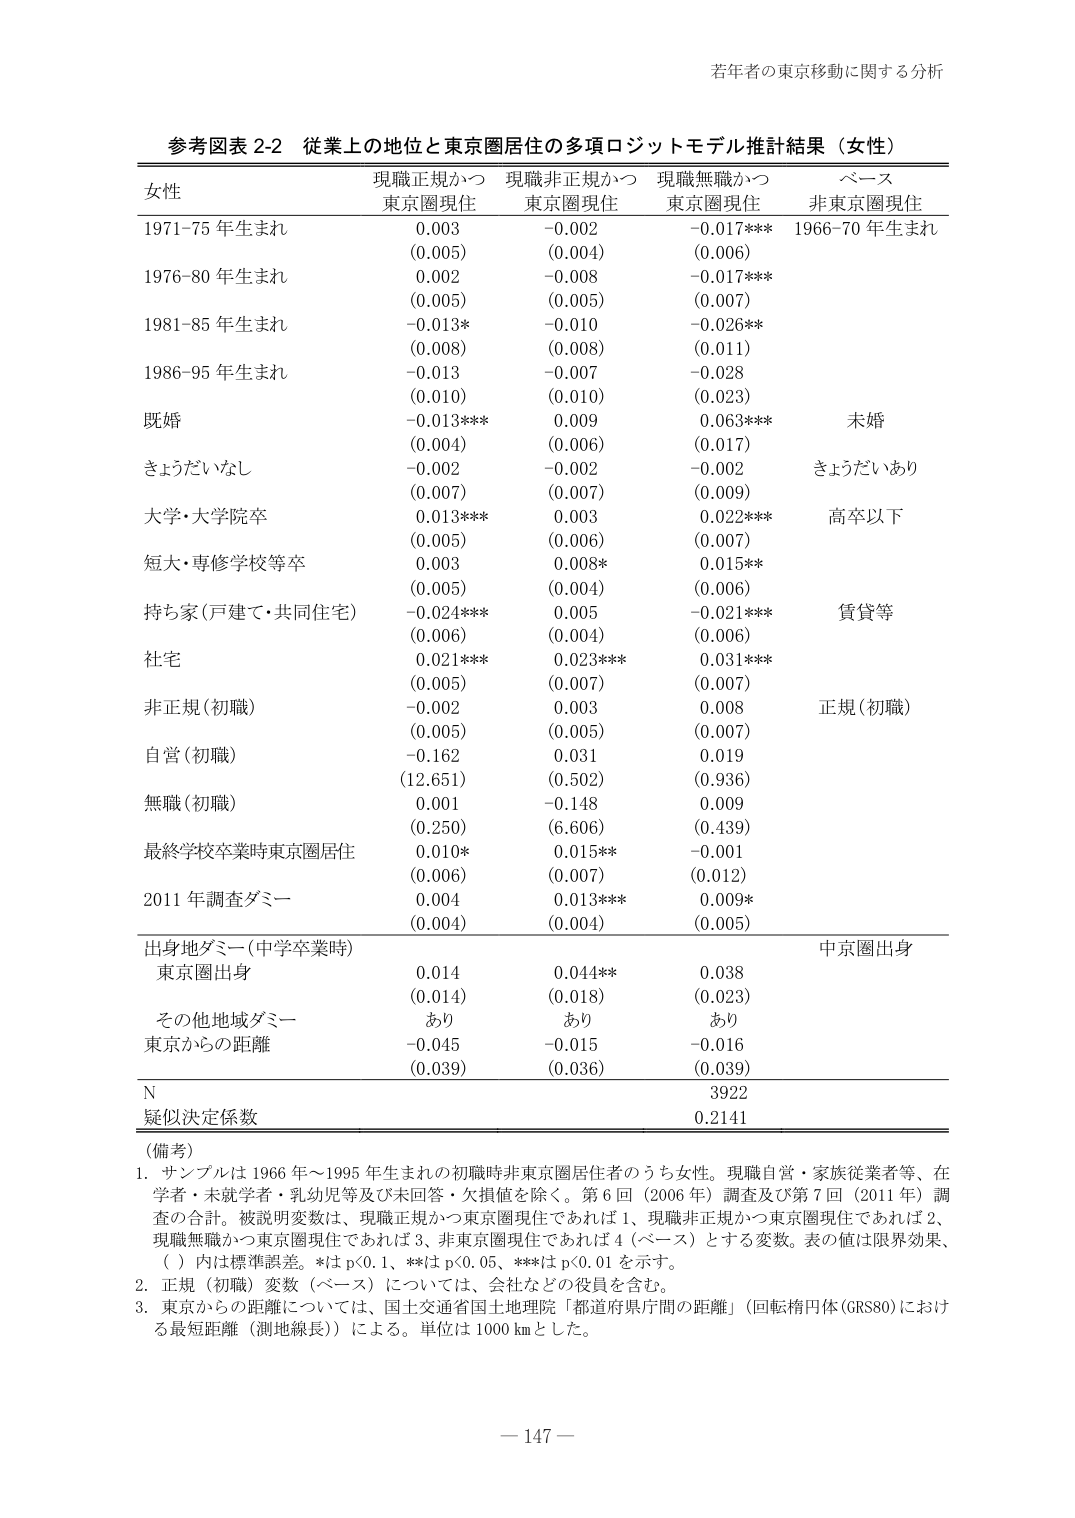
若年者の東京移動に関する分析

参考図表 2-2 従業上の地位と東京圏居住の多項ロジットモデル推計結果（女性）

女性 現職正規かつ 東京圏現住 現職非正規かつ 東京圏現住 現職無職かつ 東京圏現住 ベース 非東京圏現住

1971-75 年生まれ 0.003 (0.005) -0.002 (0.004) -0.017*** (0.006) 1966-70 年生まれ

1976-80 年生まれ 0.002 (0.005) -0.008 (0.005) -0.017*** (0.007)

1981-85 年生まれ -0.013* (0.008) -0.010 (0.008) -0.026** (0.011)

1986-95 年生まれ -0.013 (0.010) -0.007 (0.010) -0.028 (0.023)

既婚 -0.013*** (0.004) 0.009 (0.006) 0.063*** (0.017) 未婚

きょうだいなし -0.002 (0.007) -0.002 (0.007) -0.002 (0.009) きょうだいあり

大学・大学院卒 0.013*** (0.005) 0.003 (0.006) 0.022*** (0.007) 高卒以下

短大・専修学校等卒 0.003 (0.005) 0.008* (0.004) 0.015** (0.006)

持ち家(戸建て・共同住宅) -0.024*** (0.006) 0.005 (0.004) -0.021*** (0.006) 賃貸等

社宅 0.021*** (0.005) 0.023*** (0.007) 0.031*** (0.007)

非正規(初職) -0.002 (0.005) 0.003 (0.005) 0.008 (0.007) 正規(初職)

自営(初職) -0.162 (12.651) 0.031 (0.502) 0.019 (0.936)

無職(初職) 0.001 (0.250) -0.148 (6.606) 0.009 (0.439)

最終学校卒業時東京圏居住 0.010* (0.006) 0.015** (0.007) -0.001 (0.012)

2011 年調査ダミー 0.004 (0.004) 0.013*** (0.004) 0.009* (0.005)

出身地ダミー(中学卒業時) 中京圏出身

東京圏出身 0.014 (0.014) 0.044*** (0.018) 0.038 (0.023)

その他地域ダミー あり あり あり

東京からの距離 -0.045 (0.039) -0.015 (0.036) -0.016 (0.039)

N 3922

疑似決定係数 0.2141

（備考）

1. サンプルは 1966 年～1995 年生まれの初職時非東京圏居住者のうち女性。現職自営・家族従業者等、在学者・未就学者・乳幼児等及び未回答・欠損値を除く。第 6 回（2006 年）調査及び第 7 回（2011 年）調査の合計。被説明変数は、現職正規かつ東京圏現住であれば 1、現職非正規かつ東京圏現住であれば 2、現職無職かつ東京圏現住であれば 3、非東京圏現住であれば 4（ベース）とする変数。表の値は限界効果、（ ）内は標準誤差。*は p<0.1、**は p<0.05、***は p<0.01 を示す。

2. 正規（初職）変数（ベース）については、会社などの役員を含む。

3. 東京からの距離については、国土交通省国土地理院「都道府県庁間の距離」（回転楕円体(GRS80)における最短距離（測地線長））による。単位は 1000 km とした。

－ 147 －